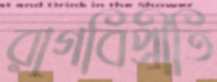
রাগবিপ্রীতি